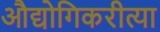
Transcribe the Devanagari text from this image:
औद्योगिकरीत्या